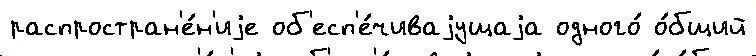
распростран'е́н'иjе об'есп'е́чиваjущаjа одного́ о́бщий